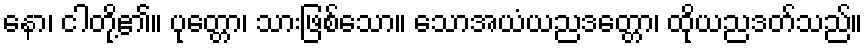
နော၊ ငါတို့၏။ ပုတ္တော၊ သားဖြစ်သော။ သောအယံယညဒတ္တော၊ ထိုယညဒတ်သည်။